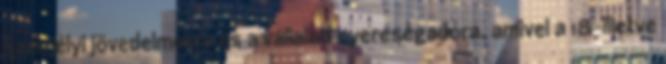
személyi jövedelmekre és a vállalati nyereségadóra, amivel a 18-illetve